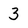
Character: 3